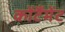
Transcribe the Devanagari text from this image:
कोंटैंमेंट